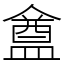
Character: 𥂝